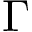
\Gamma